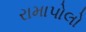
રામાપોલો